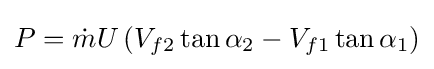
P={\dot {m}}U\left(V_{f2}\tan \alpha _{2}-V_{f1}\tan \alpha _{1}\right)